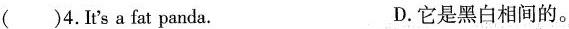
()4.It's a fat panda。 D.它是黑白相间的。